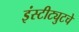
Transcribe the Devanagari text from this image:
इंस्टीट्युटचे